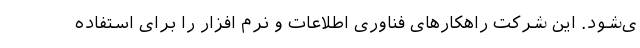
ی‌شود. این شرکت راهکارهای فناوری اطلاعات و نرم افزار را برای استفاده